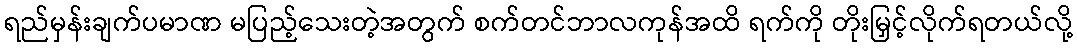
ရည်မှန်းချက်ပမာဏ မပြည့်သေးတဲ့အတွက် စက်တင်ဘာလကုန်အထိ ရက်ကို တိုးမြှင့်လိုက်ရတယ်လို့